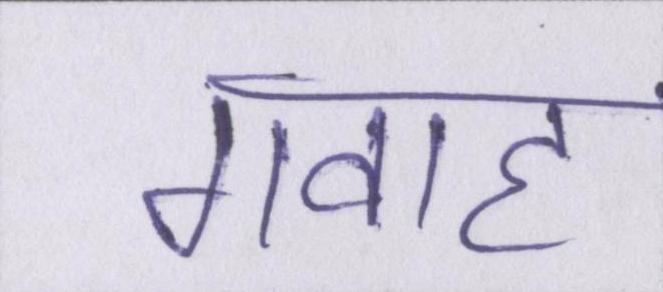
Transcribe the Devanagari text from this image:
गवाह